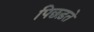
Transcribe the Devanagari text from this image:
पिछड़ते